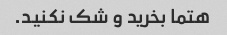
هتما بخرید و شک نکنید.